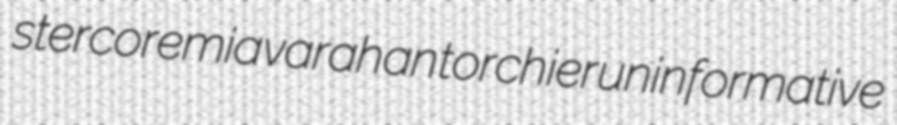
stercoremia varahan torchier uninformative